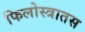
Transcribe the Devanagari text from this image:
फिलोस्त्रातस